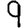
Digit: 9